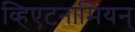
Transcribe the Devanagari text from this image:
व्हिएटनामियन्